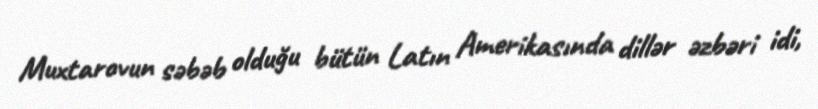
Muxtarovun səbəb olduğu bütün Latın Amerikasında dillər əzbəri idi,